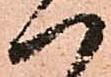
一